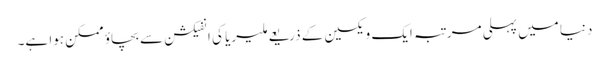
دنیا میں پہلی مرتبہ ایک ویکسین کے ذریعے ملیریا کی انفیکشن سے بچاؤ ممکن ہوا ہے۔